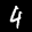
Label: 4